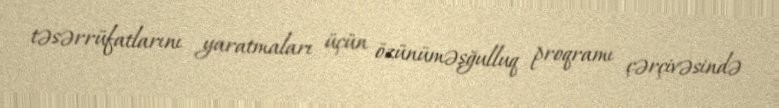
təsərrüfatlarını yaratmaları üçün özünüməşğulluq proqramı çərçivəsində